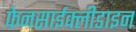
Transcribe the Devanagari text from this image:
फेनसाईक्लीडाइन